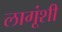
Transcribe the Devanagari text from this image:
लागूंशी